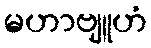
မဟာဗျူဟံ